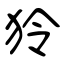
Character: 狑